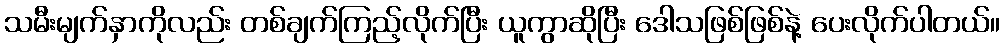
သမီးမျက်နှာကိုလည်း တစ်ချက်ကြည့်လိုက်ပြီး ယူကွာဆိုပြီး ဒေါသဖြစ်ဖြစ်နဲ့ ပေးလိုက်ပါတယ်။